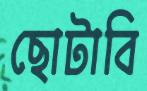
ছোটাবি